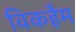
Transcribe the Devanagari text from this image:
विकहैम